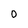
Character: O